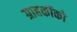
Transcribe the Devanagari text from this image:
ग्राहकोंको